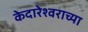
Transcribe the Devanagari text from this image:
केदारेश्वराच्या